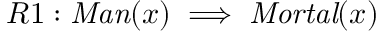
R 1 : { \mathit { M a n } } ( x ) \implies { \mathit { M o r t a l } } ( x )